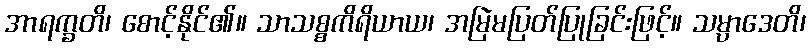
အာရက္ခတိ၊ စောင့်နိုင်၏။ သာသစ္စကိရိယာယ၊ အမြဲမပြတ်ပြုခြင်းဖြင့်။ သမ္ပာဒေတိ၊